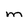
Character: m